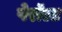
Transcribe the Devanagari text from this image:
पेरॉल्ट